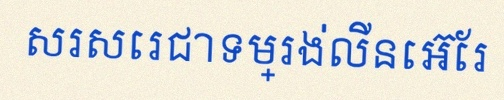
សរសេរជាទម្រង់លីនេអ៊ែរ